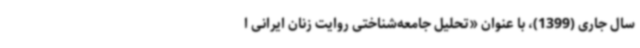
سال جاری (1399)، با عنوان «تحلیل جامعه‌شناختی روایت زنان ایرانی ا